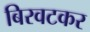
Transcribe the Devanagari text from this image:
बिरवटकर